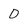
Character: d